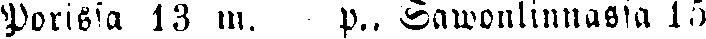
Porissa 13 m. — p., Sawonlinnassa 15